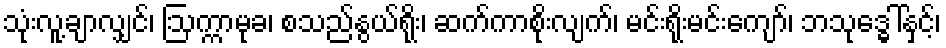
သုံးလူ့ချာလျှင်၊ ဩက္ကာမုခ၊ စသည်နွယ်ရိုး၊ ဆက်ကာစိုးလျက်၊ မင်းရိုးမင်းကျော်၊ ဘသုဒ္ဓေါ်နှင့်၊